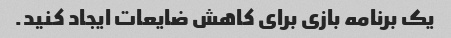
یک برنامه بازی برای کاهش ضایعات ایجاد کنید.